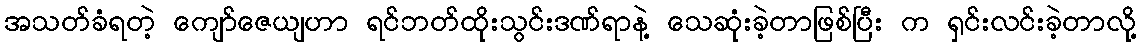
အသတ်ခံရတဲ့ ကျော်ဇေယျဟာ ရင်ဘတ်ထိုးသွင်းဒဏ်ရာနဲ့ သေဆုံးခဲ့တာဖြစ်ပြီး က ရှင်းလင်းခဲ့တာလို့